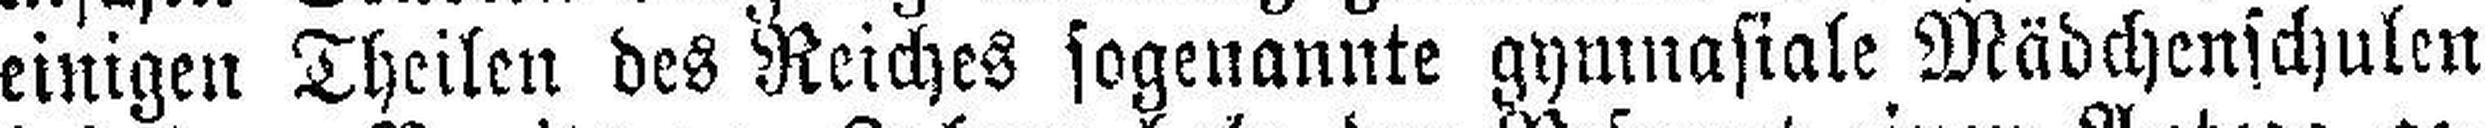
einigen Theilen des Reiches sogenannte gymnasiale Mädchenschulen